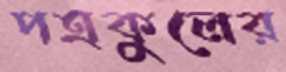
পত্রকুলের